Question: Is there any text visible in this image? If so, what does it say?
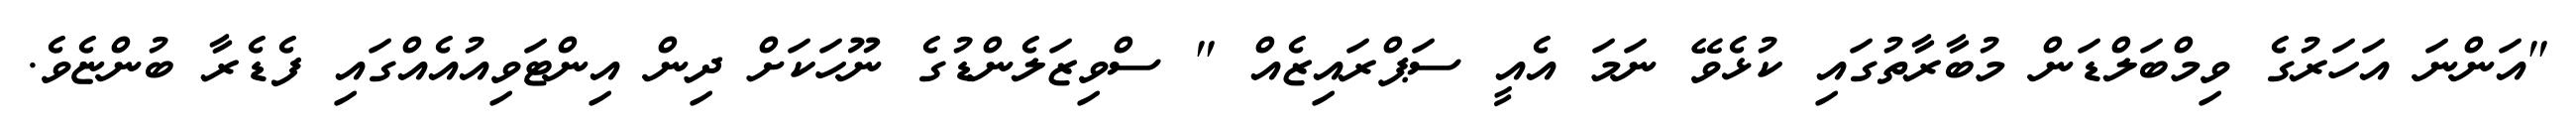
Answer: "އަންނަ އަހަރުގެ ވިމްބަލްޑަން މުބާރާތުގައި ކުޅެވޭ ނަމަ އެއީ ސަޕްރައިޒެއް " ސްވިޒަލެންޑުގެ ނޫހަކަށް ދިން އިންޓަވިއުއެއްގައި ފެޑެރާ ބުންޏެވެ.